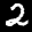
Label: 2